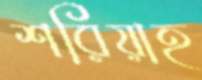
শরিয়াহ